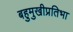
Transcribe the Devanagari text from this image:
बहुमुखीप्रतिभा